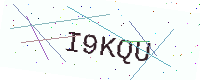
Text: I9KQU